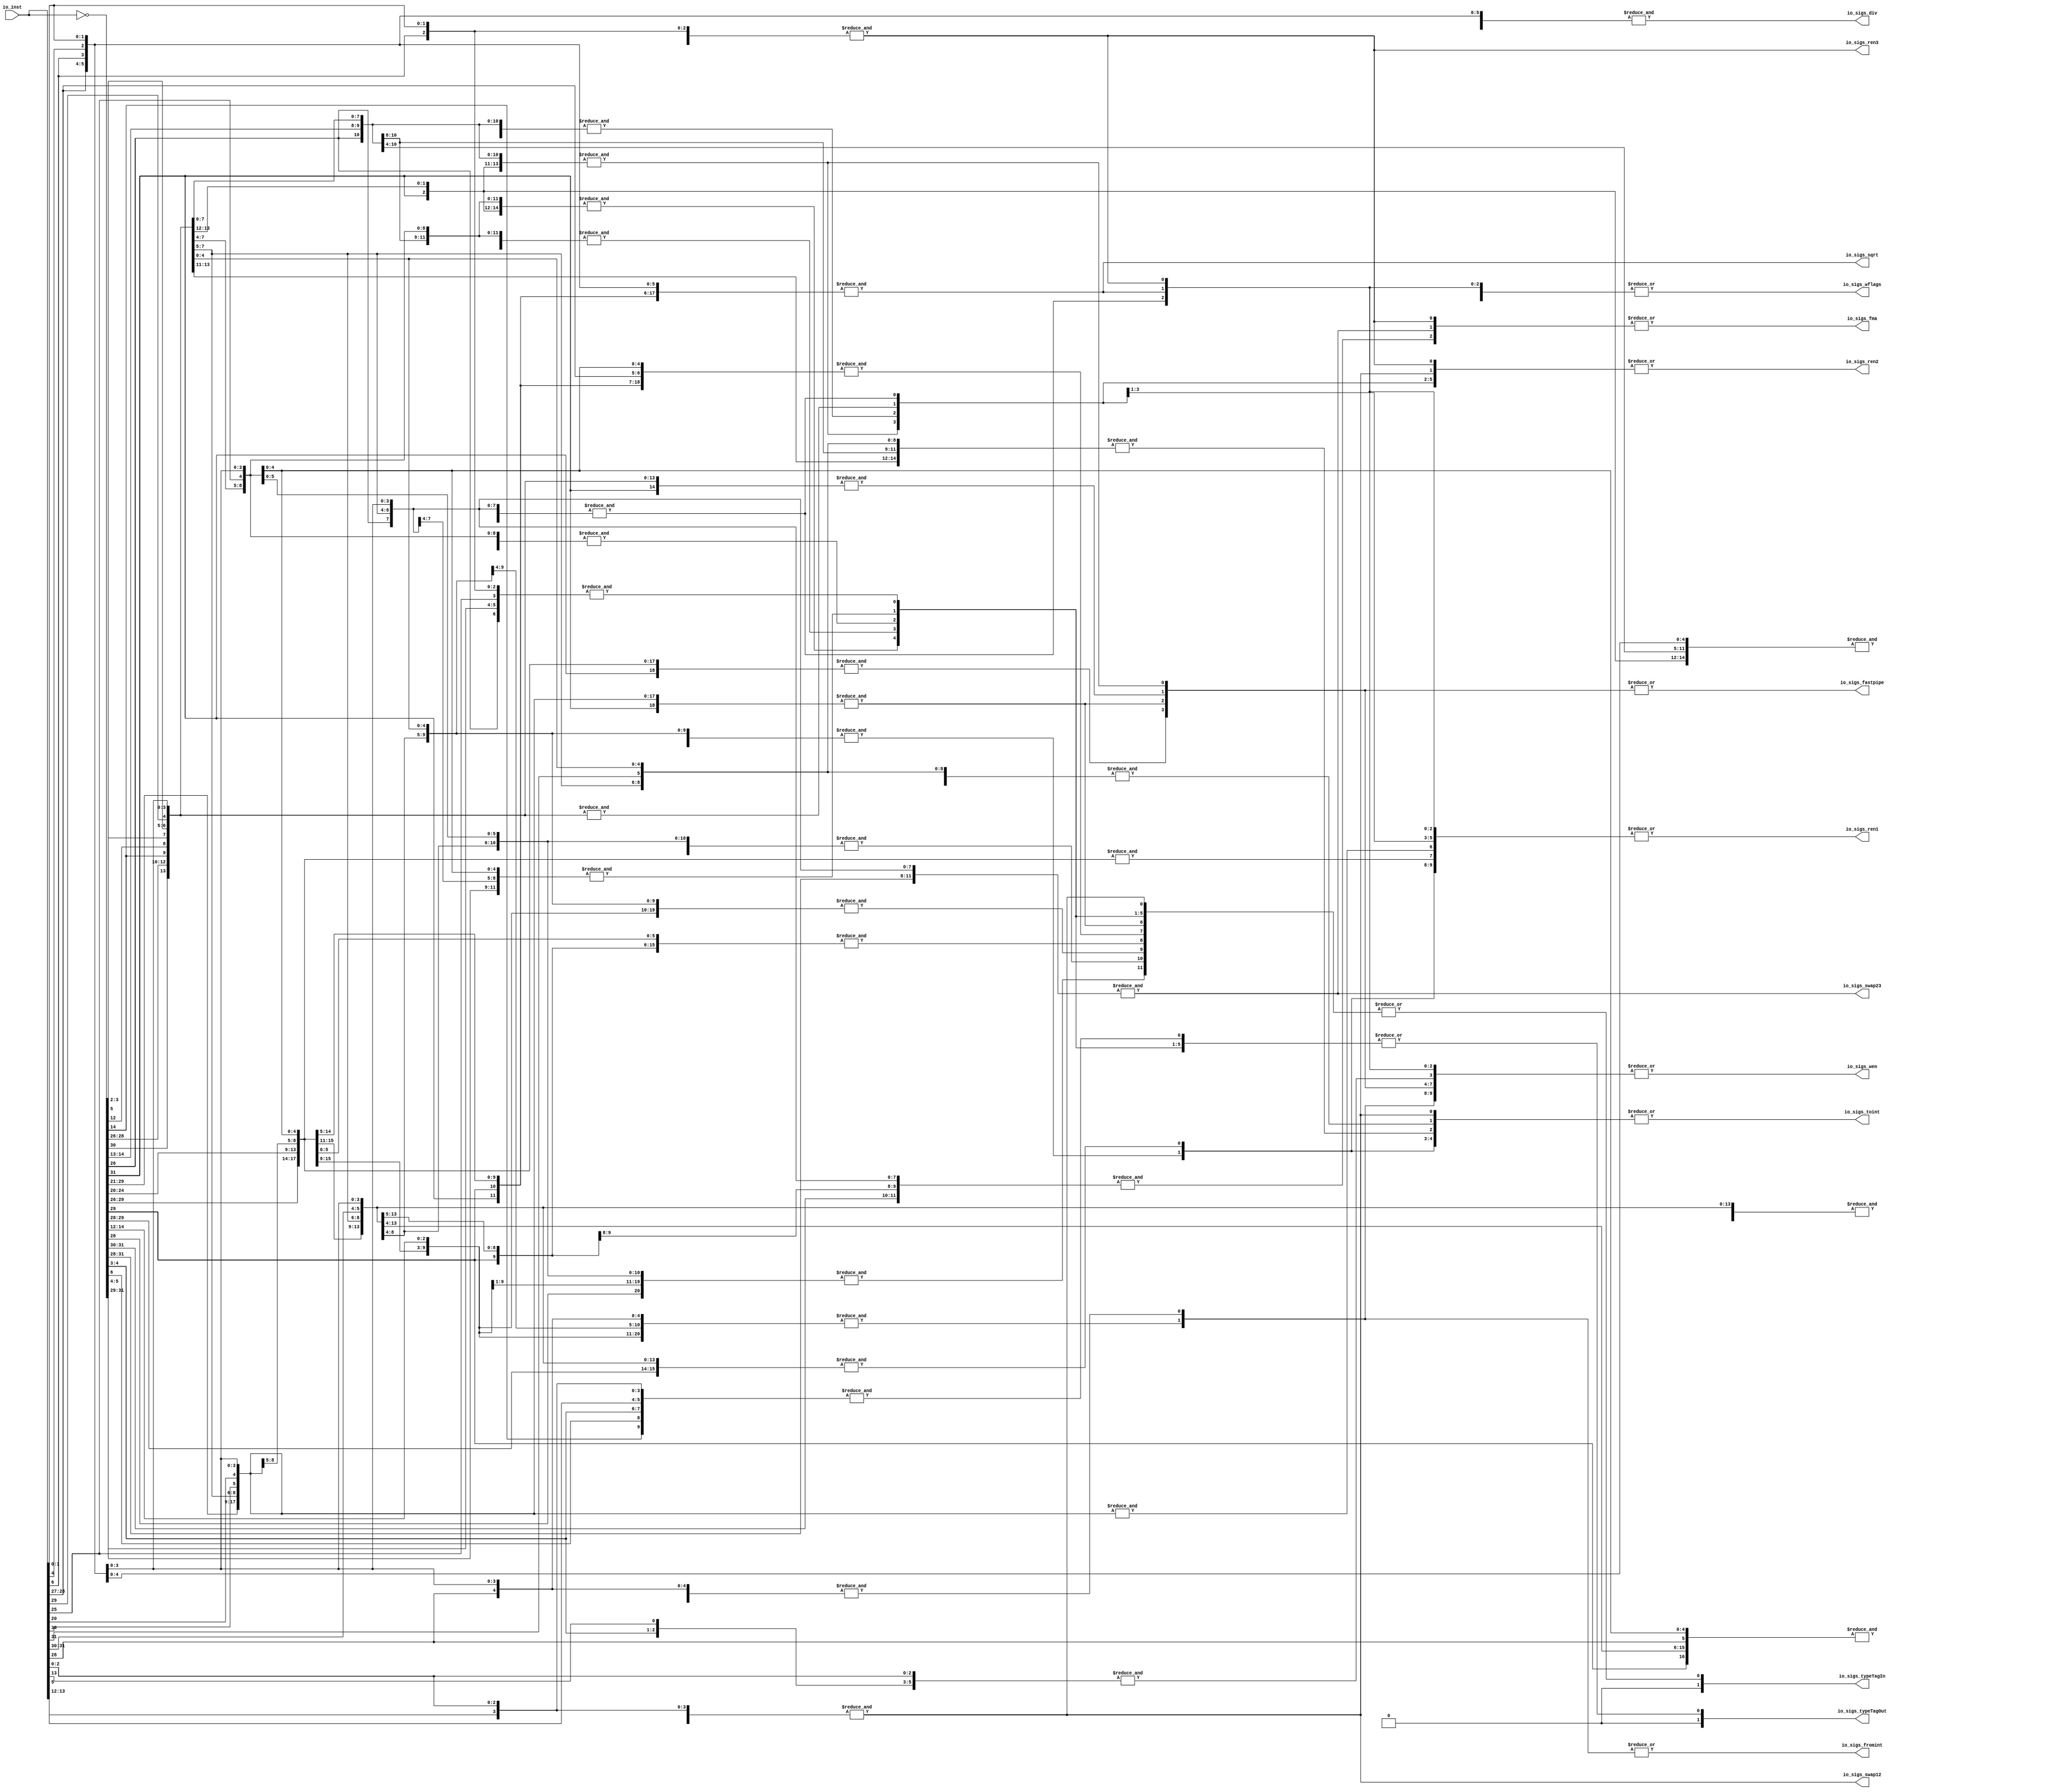
module FPUDecoder(
  input  [31:0] io_inst,
  output        io_sigs_wen,
  output        io_sigs_ren1,
  output        io_sigs_ren2,
  output        io_sigs_ren3,
  output        io_sigs_swap12,
  output        io_sigs_swap23,
  output [1:0]  io_sigs_typeTagIn,
  output [1:0]  io_sigs_typeTagOut,
  output        io_sigs_fromint,
  output        io_sigs_toint,
  output        io_sigs_fastpipe,
  output        io_sigs_fma,
  output        io_sigs_div,
  output        io_sigs_sqrt,
  output        io_sigs_wflags
);
  wire [31:0] decoder_decoded_invInputs = ~io_inst; // @[pla.scala 78:21]
  wire  decoder_decoded_andMatrixInput_0 = io_inst[0]; // @[pla.scala 90:45]
  wire  decoder_decoded_andMatrixInput_1 = io_inst[1]; // @[pla.scala 90:45]
  wire  decoder_decoded_andMatrixInput_2 = decoder_decoded_invInputs[4]; // @[pla.scala 91:29]
  wire  decoder_decoded_andMatrixInput_3 = decoder_decoded_invInputs[5]; // @[pla.scala 91:29]
  wire  decoder_decoded_andMatrixInput_4 = io_inst[6]; // @[pla.scala 90:45]
  wire [4:0] _decoder_decoded_T = {decoder_decoded_andMatrixInput_0,decoder_decoded_andMatrixInput_1,
    decoder_decoded_andMatrixInput_2,decoder_decoded_andMatrixInput_3,decoder_decoded_andMatrixInput_4}; // @[Cat.scala 31:58]
  wire  _decoder_decoded_T_1 = &_decoder_decoded_T; // @[pla.scala 98:74]
  wire  decoder_decoded_andMatrixInput_2_1 = decoder_decoded_invInputs[2]; // @[pla.scala 91:29]
  wire  decoder_decoded_andMatrixInput_3_1 = decoder_decoded_invInputs[3]; // @[pla.scala 91:29]
  wire  decoder_decoded_andMatrixInput_4_1 = io_inst[4]; // @[pla.scala 90:45]
  wire  decoder_decoded_andMatrixInput_7 = decoder_decoded_invInputs[26]; // @[pla.scala 91:29]
  wire  decoder_decoded_andMatrixInput_8 = decoder_decoded_invInputs[29]; // @[pla.scala 91:29]
  wire  decoder_decoded_andMatrixInput_9 = decoder_decoded_invInputs[30]; // @[pla.scala 91:29]
  wire  decoder_decoded_andMatrixInput_10 = decoder_decoded_invInputs[31]; // @[pla.scala 91:29]
  wire [4:0] decoder_decoded_lo_1 = {decoder_decoded_andMatrixInput_4,decoder_decoded_andMatrixInput_7,
    decoder_decoded_andMatrixInput_8,decoder_decoded_andMatrixInput_9,decoder_decoded_andMatrixInput_10}; // @[Cat.scala 31:58]
  wire [10:0] _decoder_decoded_T_2 = {decoder_decoded_andMatrixInput_0,decoder_decoded_andMatrixInput_1,
    decoder_decoded_andMatrixInput_2_1,decoder_decoded_andMatrixInput_3_1,decoder_decoded_andMatrixInput_4_1,
    decoder_decoded_andMatrixInput_3,decoder_decoded_lo_1}; // @[Cat.scala 31:58]
  wire  _decoder_decoded_T_3 = &_decoder_decoded_T_2; // @[pla.scala 98:74]
  wire  decoder_decoded_andMatrixInput_8_1 = decoder_decoded_invInputs[27]; // @[pla.scala 91:29]
  wire [5:0] decoder_decoded_lo_2 = {decoder_decoded_andMatrixInput_4,decoder_decoded_andMatrixInput_7,
    decoder_decoded_andMatrixInput_8_1,decoder_decoded_andMatrixInput_8,decoder_decoded_andMatrixInput_9,
    decoder_decoded_andMatrixInput_10}; // @[Cat.scala 31:58]
  wire [11:0] _decoder_decoded_T_4 = {decoder_decoded_andMatrixInput_0,decoder_decoded_andMatrixInput_1,
    decoder_decoded_andMatrixInput_2_1,decoder_decoded_andMatrixInput_3_1,decoder_decoded_andMatrixInput_4_1,
    decoder_decoded_andMatrixInput_3,decoder_decoded_lo_2}; // @[Cat.scala 31:58]
  wire  _decoder_decoded_T_5 = &_decoder_decoded_T_4; // @[pla.scala 98:74]
  wire  decoder_decoded_andMatrixInput_8_2 = decoder_decoded_invInputs[28]; // @[pla.scala 91:29]
  wire [5:0] decoder_decoded_lo_3 = {decoder_decoded_andMatrixInput_4,decoder_decoded_andMatrixInput_7,
    decoder_decoded_andMatrixInput_8_2,decoder_decoded_andMatrixInput_8,decoder_decoded_andMatrixInput_9,
    decoder_decoded_andMatrixInput_10}; // @[Cat.scala 31:58]
  wire [11:0] _decoder_decoded_T_6 = {decoder_decoded_andMatrixInput_0,decoder_decoded_andMatrixInput_1,
    decoder_decoded_andMatrixInput_2_1,decoder_decoded_andMatrixInput_3_1,decoder_decoded_andMatrixInput_4_1,
    decoder_decoded_andMatrixInput_3,decoder_decoded_lo_3}; // @[Cat.scala 31:58]
  wire  _decoder_decoded_T_7 = &_decoder_decoded_T_6; // @[pla.scala 98:74]
  wire  decoder_decoded_andMatrixInput_2_4 = io_inst[2]; // @[pla.scala 90:45]
  wire  decoder_decoded_andMatrixInput_5_3 = decoder_decoded_invInputs[6]; // @[pla.scala 91:29]
  wire  decoder_decoded_andMatrixInput_6_3 = io_inst[13]; // @[pla.scala 90:45]
  wire  decoder_decoded_andMatrixInput_7_3 = decoder_decoded_invInputs[14]; // @[pla.scala 91:29]
  wire [7:0] _decoder_decoded_T_8 = {decoder_decoded_andMatrixInput_0,decoder_decoded_andMatrixInput_1,
    decoder_decoded_andMatrixInput_2_4,decoder_decoded_andMatrixInput_3_1,decoder_decoded_andMatrixInput_2,
    decoder_decoded_andMatrixInput_5_3,decoder_decoded_andMatrixInput_6_3,decoder_decoded_andMatrixInput_7_3}; // @[Cat.scala 31:58]
  wire  _decoder_decoded_T_9 = &_decoder_decoded_T_8; // @[pla.scala 98:74]
  wire [8:0] _decoder_decoded_T_10 = {decoder_decoded_andMatrixInput_0,decoder_decoded_andMatrixInput_1,
    decoder_decoded_andMatrixInput_2_4,decoder_decoded_andMatrixInput_3_1,decoder_decoded_andMatrixInput_2,
    decoder_decoded_andMatrixInput_3,decoder_decoded_andMatrixInput_5_3,decoder_decoded_andMatrixInput_6_3,
    decoder_decoded_andMatrixInput_7_3}; // @[Cat.scala 31:58]
  wire  _decoder_decoded_T_11 = &_decoder_decoded_T_10; // @[pla.scala 98:74]
  wire  decoder_decoded_andMatrixInput_5_5 = io_inst[5]; // @[pla.scala 90:45]
  wire [8:0] _decoder_decoded_T_12 = {decoder_decoded_andMatrixInput_0,decoder_decoded_andMatrixInput_1,
    decoder_decoded_andMatrixInput_2_4,decoder_decoded_andMatrixInput_3_1,decoder_decoded_andMatrixInput_2,
    decoder_decoded_andMatrixInput_5_5,decoder_decoded_andMatrixInput_5_3,decoder_decoded_andMatrixInput_6_3,
    decoder_decoded_andMatrixInput_7_3}; // @[Cat.scala 31:58]
  wire  _decoder_decoded_T_13 = &_decoder_decoded_T_12; // @[pla.scala 98:74]
  wire  decoder_decoded_andMatrixInput_7_6 = io_inst[12]; // @[pla.scala 90:45]
  wire [9:0] _decoder_decoded_T_14 = {decoder_decoded_andMatrixInput_0,decoder_decoded_andMatrixInput_1,
    decoder_decoded_andMatrixInput_2_4,decoder_decoded_andMatrixInput_3_1,decoder_decoded_andMatrixInput_2,
    decoder_decoded_andMatrixInput_5_5,decoder_decoded_andMatrixInput_5_3,decoder_decoded_andMatrixInput_7_6,
    decoder_decoded_andMatrixInput_6_3,decoder_decoded_andMatrixInput_7_3}; // @[Cat.scala 31:58]
  wire  _decoder_decoded_T_15 = &_decoder_decoded_T_14; // @[pla.scala 98:74]
  wire  decoder_decoded_andMatrixInput_5_7 = io_inst[25]; // @[pla.scala 90:45]
  wire [6:0] _decoder_decoded_T_16 = {decoder_decoded_andMatrixInput_0,decoder_decoded_andMatrixInput_1,
    decoder_decoded_andMatrixInput_2,decoder_decoded_andMatrixInput_3,decoder_decoded_andMatrixInput_4,
    decoder_decoded_andMatrixInput_5_7,decoder_decoded_andMatrixInput_7}; // @[Cat.scala 31:58]
  wire  _decoder_decoded_T_17 = &_decoder_decoded_T_16; // @[pla.scala 98:74]
  wire [5:0] decoder_decoded_lo_9 = {decoder_decoded_andMatrixInput_4,decoder_decoded_andMatrixInput_5_7,
    decoder_decoded_andMatrixInput_7,decoder_decoded_andMatrixInput_8,decoder_decoded_andMatrixInput_9,
    decoder_decoded_andMatrixInput_10}; // @[Cat.scala 31:58]
  wire [11:0] _decoder_decoded_T_18 = {decoder_decoded_andMatrixInput_0,decoder_decoded_andMatrixInput_1,
    decoder_decoded_andMatrixInput_2_1,decoder_decoded_andMatrixInput_3_1,decoder_decoded_andMatrixInput_4_1,
    decoder_decoded_andMatrixInput_3,decoder_decoded_lo_9}; // @[Cat.scala 31:58]
  wire  _decoder_decoded_T_19 = &_decoder_decoded_T_18; // @[pla.scala 98:74]
  wire  decoder_decoded_andMatrixInput_8_7 = io_inst[27]; // @[pla.scala 90:45]
  wire  decoder_decoded_andMatrixInput_9_5 = io_inst[28]; // @[pla.scala 90:45]
  wire [5:0] decoder_decoded_lo_10 = {decoder_decoded_andMatrixInput_7,decoder_decoded_andMatrixInput_8_7,
    decoder_decoded_andMatrixInput_9_5,decoder_decoded_andMatrixInput_8,decoder_decoded_andMatrixInput_9,
    decoder_decoded_andMatrixInput_10}; // @[Cat.scala 31:58]
  wire [12:0] _decoder_decoded_T_20 = {decoder_decoded_andMatrixInput_0,decoder_decoded_andMatrixInput_1,
    decoder_decoded_andMatrixInput_2_1,decoder_decoded_andMatrixInput_3_1,decoder_decoded_andMatrixInput_4_1,
    decoder_decoded_andMatrixInput_3,decoder_decoded_andMatrixInput_4,decoder_decoded_lo_10}; // @[Cat.scala 31:58]
  wire  _decoder_decoded_T_21 = &_decoder_decoded_T_20; // @[pla.scala 98:74]
  wire  decoder_decoded_andMatrixInput_7_9 = decoder_decoded_invInputs[12]; // @[pla.scala 91:29]
  wire  decoder_decoded_andMatrixInput_12_1 = io_inst[29]; // @[pla.scala 90:45]
  wire [6:0] decoder_decoded_lo_11 = {decoder_decoded_andMatrixInput_7_9,decoder_decoded_andMatrixInput_7_3,
    decoder_decoded_andMatrixInput_7,decoder_decoded_andMatrixInput_8_1,decoder_decoded_andMatrixInput_8_2,
    decoder_decoded_andMatrixInput_12_1,decoder_decoded_andMatrixInput_9}; // @[Cat.scala 31:58]
  wire [13:0] _decoder_decoded_T_22 = {decoder_decoded_andMatrixInput_0,decoder_decoded_andMatrixInput_1,
    decoder_decoded_andMatrixInput_2_1,decoder_decoded_andMatrixInput_3_1,decoder_decoded_andMatrixInput_4_1,
    decoder_decoded_andMatrixInput_3,decoder_decoded_andMatrixInput_4,decoder_decoded_lo_11}; // @[Cat.scala 31:58]
  wire  _decoder_decoded_T_23 = &_decoder_decoded_T_22; // @[pla.scala 98:74]
  wire  decoder_decoded_andMatrixInput_7_10 = decoder_decoded_invInputs[13]; // @[pla.scala 91:29]
  wire [6:0] decoder_decoded_lo_12 = {decoder_decoded_andMatrixInput_7_10,decoder_decoded_andMatrixInput_7_3,
    decoder_decoded_andMatrixInput_7,decoder_decoded_andMatrixInput_8_1,decoder_decoded_andMatrixInput_8_2,
    decoder_decoded_andMatrixInput_12_1,decoder_decoded_andMatrixInput_9}; // @[Cat.scala 31:58]
  wire [13:0] _decoder_decoded_T_24 = {decoder_decoded_andMatrixInput_0,decoder_decoded_andMatrixInput_1,
    decoder_decoded_andMatrixInput_2_1,decoder_decoded_andMatrixInput_3_1,decoder_decoded_andMatrixInput_4_1,
    decoder_decoded_andMatrixInput_3,decoder_decoded_andMatrixInput_4,decoder_decoded_lo_12}; // @[Cat.scala 31:58]
  wire  _decoder_decoded_T_25 = &_decoder_decoded_T_24; // @[pla.scala 98:74]
  wire [6:0] decoder_decoded_lo_13 = {decoder_decoded_andMatrixInput_7_10,decoder_decoded_andMatrixInput_7_3,
    decoder_decoded_andMatrixInput_7,decoder_decoded_andMatrixInput_8_2,decoder_decoded_andMatrixInput_12_1,
    decoder_decoded_andMatrixInput_9,decoder_decoded_andMatrixInput_10}; // @[Cat.scala 31:58]
  wire [13:0] _decoder_decoded_T_26 = {decoder_decoded_andMatrixInput_0,decoder_decoded_andMatrixInput_1,
    decoder_decoded_andMatrixInput_2_1,decoder_decoded_andMatrixInput_3_1,decoder_decoded_andMatrixInput_4_1,
    decoder_decoded_andMatrixInput_3,decoder_decoded_andMatrixInput_4,decoder_decoded_lo_13}; // @[Cat.scala 31:58]
  wire  _decoder_decoded_T_27 = &_decoder_decoded_T_26; // @[pla.scala 98:74]
  wire [6:0] decoder_decoded_lo_14 = {decoder_decoded_andMatrixInput_7_3,decoder_decoded_andMatrixInput_7,
    decoder_decoded_andMatrixInput_8_1,decoder_decoded_andMatrixInput_8_2,decoder_decoded_andMatrixInput_12_1,
    decoder_decoded_andMatrixInput_9,decoder_decoded_andMatrixInput_10}; // @[Cat.scala 31:58]
  wire [14:0] _decoder_decoded_T_28 = {decoder_decoded_andMatrixInput_0,decoder_decoded_andMatrixInput_1,
    decoder_decoded_andMatrixInput_2_1,decoder_decoded_andMatrixInput_3_1,decoder_decoded_andMatrixInput_4_1,
    decoder_decoded_andMatrixInput_3,decoder_decoded_andMatrixInput_4,decoder_decoded_andMatrixInput_7_9,
    decoder_decoded_lo_14}; // @[Cat.scala 31:58]
  wire  _decoder_decoded_T_29 = &_decoder_decoded_T_28; // @[pla.scala 98:74]
  wire [6:0] decoder_decoded_lo_15 = {decoder_decoded_andMatrixInput_7_3,decoder_decoded_andMatrixInput_5_7,
    decoder_decoded_andMatrixInput_7,decoder_decoded_andMatrixInput_8_1,decoder_decoded_andMatrixInput_8_2,
    decoder_decoded_andMatrixInput_12_1,decoder_decoded_andMatrixInput_9}; // @[Cat.scala 31:58]
  wire [14:0] _decoder_decoded_T_30 = {decoder_decoded_andMatrixInput_0,decoder_decoded_andMatrixInput_1,
    decoder_decoded_andMatrixInput_2_1,decoder_decoded_andMatrixInput_3_1,decoder_decoded_andMatrixInput_4_1,
    decoder_decoded_andMatrixInput_3,decoder_decoded_andMatrixInput_4,decoder_decoded_andMatrixInput_7_9,
    decoder_decoded_lo_15}; // @[Cat.scala 31:58]
  wire  _decoder_decoded_T_31 = &_decoder_decoded_T_30; // @[pla.scala 98:74]
  wire [14:0] _decoder_decoded_T_32 = {decoder_decoded_andMatrixInput_0,decoder_decoded_andMatrixInput_1,
    decoder_decoded_andMatrixInput_2_1,decoder_decoded_andMatrixInput_3_1,decoder_decoded_andMatrixInput_4_1,
    decoder_decoded_andMatrixInput_3,decoder_decoded_andMatrixInput_4,decoder_decoded_andMatrixInput_7_10,
    decoder_decoded_lo_15}; // @[Cat.scala 31:58]
  wire  _decoder_decoded_T_33 = &_decoder_decoded_T_32; // @[pla.scala 98:74]
  wire [6:0] decoder_decoded_lo_17 = {decoder_decoded_andMatrixInput_7_3,decoder_decoded_andMatrixInput_5_7,
    decoder_decoded_andMatrixInput_7,decoder_decoded_andMatrixInput_8_2,decoder_decoded_andMatrixInput_12_1,
    decoder_decoded_andMatrixInput_9,decoder_decoded_andMatrixInput_10}; // @[Cat.scala 31:58]
  wire [14:0] _decoder_decoded_T_34 = {decoder_decoded_andMatrixInput_0,decoder_decoded_andMatrixInput_1,
    decoder_decoded_andMatrixInput_2_1,decoder_decoded_andMatrixInput_3_1,decoder_decoded_andMatrixInput_4_1,
    decoder_decoded_andMatrixInput_3,decoder_decoded_andMatrixInput_4,decoder_decoded_andMatrixInput_7_10,
    decoder_decoded_lo_17}; // @[Cat.scala 31:58]
  wire  _decoder_decoded_T_35 = &_decoder_decoded_T_34; // @[pla.scala 98:74]
  wire [6:0] decoder_decoded_lo_18 = {decoder_decoded_andMatrixInput_7_3,decoder_decoded_andMatrixInput_7,
    decoder_decoded_andMatrixInput_8_7,decoder_decoded_andMatrixInput_8_2,decoder_decoded_andMatrixInput_12_1,
    decoder_decoded_andMatrixInput_9,decoder_decoded_andMatrixInput_10}; // @[Cat.scala 31:58]
  wire [14:0] _decoder_decoded_T_36 = {decoder_decoded_andMatrixInput_0,decoder_decoded_andMatrixInput_1,
    decoder_decoded_andMatrixInput_2_1,decoder_decoded_andMatrixInput_3_1,decoder_decoded_andMatrixInput_4_1,
    decoder_decoded_andMatrixInput_3,decoder_decoded_andMatrixInput_4,decoder_decoded_andMatrixInput_7_10,
    decoder_decoded_lo_18}; // @[Cat.scala 31:58]
  wire  _decoder_decoded_T_37 = &_decoder_decoded_T_36; // @[pla.scala 98:74]
  wire  decoder_decoded_andMatrixInput_7_17 = io_inst[20]; // @[pla.scala 90:45]
  wire  decoder_decoded_andMatrixInput_8_16 = decoder_decoded_invInputs[21]; // @[pla.scala 91:29]
  wire  decoder_decoded_andMatrixInput_9_14 = decoder_decoded_invInputs[22]; // @[pla.scala 91:29]
  wire  decoder_decoded_andMatrixInput_10_13 = decoder_decoded_invInputs[23]; // @[pla.scala 91:29]
  wire  decoder_decoded_andMatrixInput_11_12 = decoder_decoded_invInputs[24]; // @[pla.scala 91:29]
  wire  decoder_decoded_andMatrixInput_12_9 = decoder_decoded_invInputs[25]; // @[pla.scala 91:29]
  wire  decoder_decoded_andMatrixInput_17 = io_inst[30]; // @[pla.scala 90:45]
  wire [8:0] decoder_decoded_lo_19 = {decoder_decoded_andMatrixInput_9_14,decoder_decoded_andMatrixInput_10_13,
    decoder_decoded_andMatrixInput_11_12,decoder_decoded_andMatrixInput_12_9,decoder_decoded_andMatrixInput_7,
    decoder_decoded_andMatrixInput_8_1,decoder_decoded_andMatrixInput_8_2,decoder_decoded_andMatrixInput_8,
    decoder_decoded_andMatrixInput_17}; // @[Cat.scala 31:58]
  wire [17:0] _decoder_decoded_T_38 = {decoder_decoded_andMatrixInput_0,decoder_decoded_andMatrixInput_1,
    decoder_decoded_andMatrixInput_2_1,decoder_decoded_andMatrixInput_3_1,decoder_decoded_andMatrixInput_4_1,
    decoder_decoded_andMatrixInput_3,decoder_decoded_andMatrixInput_4,decoder_decoded_andMatrixInput_7_17,
    decoder_decoded_andMatrixInput_8_16,decoder_decoded_lo_19}; // @[Cat.scala 31:58]
  wire  _decoder_decoded_T_39 = &_decoder_decoded_T_38; // @[pla.scala 98:74]
  wire [9:0] decoder_decoded_hi_20 = {decoder_decoded_andMatrixInput_0,decoder_decoded_andMatrixInput_1,
    decoder_decoded_andMatrixInput_2_1,decoder_decoded_andMatrixInput_3_1,decoder_decoded_andMatrixInput_4_1,
    decoder_decoded_andMatrixInput_3,decoder_decoded_andMatrixInput_4,decoder_decoded_andMatrixInput_7_17,
    decoder_decoded_andMatrixInput_8_16,decoder_decoded_andMatrixInput_9_14}; // @[Cat.scala 31:58]
  wire [18:0] _decoder_decoded_T_40 = {decoder_decoded_hi_20,decoder_decoded_andMatrixInput_10_13,
    decoder_decoded_andMatrixInput_11_12,decoder_decoded_andMatrixInput_12_9,decoder_decoded_andMatrixInput_7,
    decoder_decoded_andMatrixInput_8_1,decoder_decoded_andMatrixInput_8_2,decoder_decoded_andMatrixInput_8,
    decoder_decoded_andMatrixInput_17,decoder_decoded_andMatrixInput_10}; // @[Cat.scala 31:58]
  wire  _decoder_decoded_T_41 = &_decoder_decoded_T_40; // @[pla.scala 98:74]
  wire  decoder_decoded_andMatrixInput_7_19 = decoder_decoded_invInputs[20]; // @[pla.scala 91:29]
  wire [8:0] decoder_decoded_lo_21 = {decoder_decoded_andMatrixInput_9_14,decoder_decoded_andMatrixInput_10_13,
    decoder_decoded_andMatrixInput_11_12,decoder_decoded_andMatrixInput_5_7,decoder_decoded_andMatrixInput_7,
    decoder_decoded_andMatrixInput_8_1,decoder_decoded_andMatrixInput_8_2,decoder_decoded_andMatrixInput_8,
    decoder_decoded_andMatrixInput_17}; // @[Cat.scala 31:58]
  wire [17:0] _decoder_decoded_T_42 = {decoder_decoded_andMatrixInput_0,decoder_decoded_andMatrixInput_1,
    decoder_decoded_andMatrixInput_2_1,decoder_decoded_andMatrixInput_3_1,decoder_decoded_andMatrixInput_4_1,
    decoder_decoded_andMatrixInput_3,decoder_decoded_andMatrixInput_4,decoder_decoded_andMatrixInput_7_19,
    decoder_decoded_andMatrixInput_8_16,decoder_decoded_lo_21}; // @[Cat.scala 31:58]
  wire  _decoder_decoded_T_43 = &_decoder_decoded_T_42; // @[pla.scala 98:74]
  wire [9:0] decoder_decoded_hi_22 = {decoder_decoded_andMatrixInput_0,decoder_decoded_andMatrixInput_1,
    decoder_decoded_andMatrixInput_2_1,decoder_decoded_andMatrixInput_3_1,decoder_decoded_andMatrixInput_4_1,
    decoder_decoded_andMatrixInput_3,decoder_decoded_andMatrixInput_4,decoder_decoded_andMatrixInput_7_19,
    decoder_decoded_andMatrixInput_8_16,decoder_decoded_andMatrixInput_9_14}; // @[Cat.scala 31:58]
  wire [18:0] _decoder_decoded_T_44 = {decoder_decoded_hi_22,decoder_decoded_andMatrixInput_10_13,
    decoder_decoded_andMatrixInput_11_12,decoder_decoded_andMatrixInput_5_7,decoder_decoded_andMatrixInput_7,
    decoder_decoded_andMatrixInput_8_1,decoder_decoded_andMatrixInput_8_2,decoder_decoded_andMatrixInput_8,
    decoder_decoded_andMatrixInput_17,decoder_decoded_andMatrixInput_10}; // @[Cat.scala 31:58]
  wire  _decoder_decoded_T_45 = &_decoder_decoded_T_44; // @[pla.scala 98:74]
  wire [8:0] decoder_decoded_lo_23 = {decoder_decoded_andMatrixInput_9_14,decoder_decoded_andMatrixInput_10_13,
    decoder_decoded_andMatrixInput_11_12,decoder_decoded_andMatrixInput_7,decoder_decoded_andMatrixInput_8_7,
    decoder_decoded_andMatrixInput_9_5,decoder_decoded_andMatrixInput_8,decoder_decoded_andMatrixInput_17,
    decoder_decoded_andMatrixInput_10}; // @[Cat.scala 31:58]
  wire [17:0] _decoder_decoded_T_46 = {decoder_decoded_andMatrixInput_0,decoder_decoded_andMatrixInput_1,
    decoder_decoded_andMatrixInput_2_1,decoder_decoded_andMatrixInput_3_1,decoder_decoded_andMatrixInput_4_1,
    decoder_decoded_andMatrixInput_3,decoder_decoded_andMatrixInput_4,decoder_decoded_andMatrixInput_7_19,
    decoder_decoded_andMatrixInput_8_16,decoder_decoded_lo_23}; // @[Cat.scala 31:58]
  wire  _decoder_decoded_T_47 = &_decoder_decoded_T_46; // @[pla.scala 98:74]
  wire [18:0] _decoder_decoded_T_48 = {decoder_decoded_hi_22,decoder_decoded_andMatrixInput_10_13,
    decoder_decoded_andMatrixInput_11_12,decoder_decoded_andMatrixInput_5_7,decoder_decoded_andMatrixInput_7,
    decoder_decoded_andMatrixInput_8_7,decoder_decoded_andMatrixInput_9_5,decoder_decoded_andMatrixInput_8,
    decoder_decoded_andMatrixInput_17,decoder_decoded_andMatrixInput_10}; // @[Cat.scala 31:58]
  wire  _decoder_decoded_T_49 = &_decoder_decoded_T_48; // @[pla.scala 98:74]
  wire  decoder_decoded_andMatrixInput_14_11 = io_inst[31]; // @[pla.scala 90:45]
  wire [6:0] decoder_decoded_lo_25 = {decoder_decoded_andMatrixInput_7_3,decoder_decoded_andMatrixInput_7,
    decoder_decoded_andMatrixInput_8_1,decoder_decoded_andMatrixInput_8_2,decoder_decoded_andMatrixInput_12_1,
    decoder_decoded_andMatrixInput_9,decoder_decoded_andMatrixInput_14_11}; // @[Cat.scala 31:58]
  wire [14:0] _decoder_decoded_T_50 = {decoder_decoded_andMatrixInput_0,decoder_decoded_andMatrixInput_1,
    decoder_decoded_andMatrixInput_2_1,decoder_decoded_andMatrixInput_3_1,decoder_decoded_andMatrixInput_4_1,
    decoder_decoded_andMatrixInput_3,decoder_decoded_andMatrixInput_4,decoder_decoded_andMatrixInput_7_9,
    decoder_decoded_lo_25}; // @[Cat.scala 31:58]
  wire  _decoder_decoded_T_51 = &_decoder_decoded_T_50; // @[pla.scala 98:74]
  wire [14:0] _decoder_decoded_T_52 = {decoder_decoded_andMatrixInput_0,decoder_decoded_andMatrixInput_1,
    decoder_decoded_andMatrixInput_2_1,decoder_decoded_andMatrixInput_3_1,decoder_decoded_andMatrixInput_4_1,
    decoder_decoded_andMatrixInput_3,decoder_decoded_andMatrixInput_4,decoder_decoded_andMatrixInput_7_10,
    decoder_decoded_lo_25}; // @[Cat.scala 31:58]
  wire  _decoder_decoded_T_53 = &_decoder_decoded_T_52; // @[pla.scala 98:74]
  wire [6:0] decoder_decoded_lo_27 = {decoder_decoded_andMatrixInput_10_13,decoder_decoded_andMatrixInput_11_12,
    decoder_decoded_andMatrixInput_7,decoder_decoded_andMatrixInput_8_1,decoder_decoded_andMatrixInput_8,
    decoder_decoded_andMatrixInput_17,decoder_decoded_andMatrixInput_14_11}; // @[Cat.scala 31:58]
  wire [14:0] _decoder_decoded_T_54 = {decoder_decoded_andMatrixInput_0,decoder_decoded_andMatrixInput_1,
    decoder_decoded_andMatrixInput_2_1,decoder_decoded_andMatrixInput_3_1,decoder_decoded_andMatrixInput_4_1,
    decoder_decoded_andMatrixInput_3,decoder_decoded_andMatrixInput_4,decoder_decoded_andMatrixInput_9_14,
    decoder_decoded_lo_27}; // @[Cat.scala 31:58]
  wire  _decoder_decoded_T_55 = &_decoder_decoded_T_54; // @[pla.scala 98:74]
  wire [7:0] decoder_decoded_lo_28 = {decoder_decoded_andMatrixInput_10_13,decoder_decoded_andMatrixInput_11_12,
    decoder_decoded_andMatrixInput_7,decoder_decoded_andMatrixInput_8_1,decoder_decoded_andMatrixInput_8_2,
    decoder_decoded_andMatrixInput_8,decoder_decoded_andMatrixInput_17,decoder_decoded_andMatrixInput_14_11}; // @[Cat.scala 31:58]
  wire [15:0] _decoder_decoded_T_56 = {decoder_decoded_andMatrixInput_0,decoder_decoded_andMatrixInput_1,
    decoder_decoded_andMatrixInput_2_1,decoder_decoded_andMatrixInput_3_1,decoder_decoded_andMatrixInput_4_1,
    decoder_decoded_andMatrixInput_3,decoder_decoded_andMatrixInput_4,decoder_decoded_andMatrixInput_9_14,
    decoder_decoded_lo_28}; // @[Cat.scala 31:58]
  wire  _decoder_decoded_T_57 = &_decoder_decoded_T_56; // @[pla.scala 98:74]
  wire [7:0] decoder_decoded_lo_29 = {decoder_decoded_andMatrixInput_10_13,decoder_decoded_andMatrixInput_11_12,
    decoder_decoded_andMatrixInput_5_7,decoder_decoded_andMatrixInput_7,decoder_decoded_andMatrixInput_8_1,
    decoder_decoded_andMatrixInput_8,decoder_decoded_andMatrixInput_17,decoder_decoded_andMatrixInput_14_11}; // @[Cat.scala 31:58]
  wire [15:0] _decoder_decoded_T_58 = {decoder_decoded_andMatrixInput_0,decoder_decoded_andMatrixInput_1,
    decoder_decoded_andMatrixInput_2_1,decoder_decoded_andMatrixInput_3_1,decoder_decoded_andMatrixInput_4_1,
    decoder_decoded_andMatrixInput_3,decoder_decoded_andMatrixInput_4,decoder_decoded_andMatrixInput_9_14,
    decoder_decoded_lo_29}; // @[Cat.scala 31:58]
  wire  _decoder_decoded_T_59 = &_decoder_decoded_T_58; // @[pla.scala 98:74]
  wire [7:0] decoder_decoded_lo_30 = {decoder_decoded_andMatrixInput_10_13,decoder_decoded_andMatrixInput_11_12,
    decoder_decoded_andMatrixInput_7,decoder_decoded_andMatrixInput_8_1,decoder_decoded_andMatrixInput_9_5,
    decoder_decoded_andMatrixInput_8,decoder_decoded_andMatrixInput_17,decoder_decoded_andMatrixInput_14_11}; // @[Cat.scala 31:58]
  wire [15:0] _decoder_decoded_T_60 = {decoder_decoded_andMatrixInput_0,decoder_decoded_andMatrixInput_1,
    decoder_decoded_andMatrixInput_2_1,decoder_decoded_andMatrixInput_3_1,decoder_decoded_andMatrixInput_4_1,
    decoder_decoded_andMatrixInput_3,decoder_decoded_andMatrixInput_4,decoder_decoded_andMatrixInput_9_14,
    decoder_decoded_lo_30}; // @[Cat.scala 31:58]
  wire  _decoder_decoded_T_61 = &_decoder_decoded_T_60; // @[pla.scala 98:74]
  wire [7:0] decoder_decoded_lo_31 = {decoder_decoded_andMatrixInput_11_12,decoder_decoded_andMatrixInput_5_7,
    decoder_decoded_andMatrixInput_7,decoder_decoded_andMatrixInput_8_1,decoder_decoded_andMatrixInput_9_5,
    decoder_decoded_andMatrixInput_8,decoder_decoded_andMatrixInput_17,decoder_decoded_andMatrixInput_14_11}; // @[Cat.scala 31:58]
  wire [16:0] _decoder_decoded_T_62 = {decoder_decoded_andMatrixInput_0,decoder_decoded_andMatrixInput_1,
    decoder_decoded_andMatrixInput_2_1,decoder_decoded_andMatrixInput_3_1,decoder_decoded_andMatrixInput_4_1,
    decoder_decoded_andMatrixInput_3,decoder_decoded_andMatrixInput_4,decoder_decoded_andMatrixInput_9_14,
    decoder_decoded_andMatrixInput_10_13,decoder_decoded_lo_31}; // @[Cat.scala 31:58]
  wire  _decoder_decoded_T_63 = &_decoder_decoded_T_62; // @[pla.scala 98:74]
  wire [9:0] decoder_decoded_lo_32 = {decoder_decoded_andMatrixInput_8_16,decoder_decoded_andMatrixInput_9_14,
    decoder_decoded_andMatrixInput_10_13,decoder_decoded_andMatrixInput_11_12,decoder_decoded_andMatrixInput_7,
    decoder_decoded_andMatrixInput_8_1,decoder_decoded_andMatrixInput_8_2,decoder_decoded_andMatrixInput_12_1,
    decoder_decoded_andMatrixInput_17,decoder_decoded_andMatrixInput_14_11}; // @[Cat.scala 31:58]
  wire [9:0] decoder_decoded_hi_32 = {decoder_decoded_andMatrixInput_0,decoder_decoded_andMatrixInput_1,
    decoder_decoded_andMatrixInput_2_1,decoder_decoded_andMatrixInput_3_1,decoder_decoded_andMatrixInput_4_1,
    decoder_decoded_andMatrixInput_3,decoder_decoded_andMatrixInput_4,decoder_decoded_andMatrixInput_7_10,
    decoder_decoded_andMatrixInput_7_3,decoder_decoded_andMatrixInput_7_19}; // @[Cat.scala 31:58]
  wire [19:0] _decoder_decoded_T_64 = {decoder_decoded_hi_32,decoder_decoded_lo_32}; // @[Cat.scala 31:58]
  wire  _decoder_decoded_T_65 = &_decoder_decoded_T_64; // @[pla.scala 98:74]
  wire [4:0] decoder_decoded_hi_lo_32 = {decoder_decoded_andMatrixInput_4,decoder_decoded_andMatrixInput_7_9,
    decoder_decoded_andMatrixInput_7_10,decoder_decoded_andMatrixInput_7_3,decoder_decoded_andMatrixInput_7_19}; // @[Cat.scala 31:58]
  wire [20:0] _decoder_decoded_T_66 = {decoder_decoded_andMatrixInput_0,decoder_decoded_andMatrixInput_1,
    decoder_decoded_andMatrixInput_2_1,decoder_decoded_andMatrixInput_3_1,decoder_decoded_andMatrixInput_4_1,
    decoder_decoded_andMatrixInput_3,decoder_decoded_hi_lo_32,decoder_decoded_lo_32}; // @[Cat.scala 31:58]
  wire  _decoder_decoded_T_67 = &_decoder_decoded_T_66; // @[pla.scala 98:74]
  wire [9:0] decoder_decoded_lo_34 = {decoder_decoded_andMatrixInput_8_16,decoder_decoded_andMatrixInput_9_14,
    decoder_decoded_andMatrixInput_10_13,decoder_decoded_andMatrixInput_11_12,decoder_decoded_andMatrixInput_5_7,
    decoder_decoded_andMatrixInput_7,decoder_decoded_andMatrixInput_8_1,decoder_decoded_andMatrixInput_12_1,
    decoder_decoded_andMatrixInput_17,decoder_decoded_andMatrixInput_14_11}; // @[Cat.scala 31:58]
  wire [20:0] _decoder_decoded_T_68 = {decoder_decoded_andMatrixInput_0,decoder_decoded_andMatrixInput_1,
    decoder_decoded_andMatrixInput_2_1,decoder_decoded_andMatrixInput_3_1,decoder_decoded_andMatrixInput_4_1,
    decoder_decoded_andMatrixInput_3,decoder_decoded_hi_lo_32,decoder_decoded_lo_34}; // @[Cat.scala 31:58]
  wire  _decoder_decoded_T_69 = &_decoder_decoded_T_68; // @[pla.scala 98:74]
  wire [9:0] decoder_decoded_lo_35 = {decoder_decoded_andMatrixInput_9_14,decoder_decoded_andMatrixInput_10_13,
    decoder_decoded_andMatrixInput_11_12,decoder_decoded_andMatrixInput_5_7,decoder_decoded_andMatrixInput_7,
    decoder_decoded_andMatrixInput_8_1,decoder_decoded_andMatrixInput_8_2,decoder_decoded_andMatrixInput_12_1,
    decoder_decoded_andMatrixInput_17,decoder_decoded_andMatrixInput_14_11}; // @[Cat.scala 31:58]
  wire [4:0] decoder_decoded_hi_lo_34 = {decoder_decoded_andMatrixInput_4,decoder_decoded_andMatrixInput_7_10,
    decoder_decoded_andMatrixInput_7_3,decoder_decoded_andMatrixInput_7_19,decoder_decoded_andMatrixInput_8_16}; // @[Cat.scala 31:58]
  wire [20:0] _decoder_decoded_T_70 = {decoder_decoded_andMatrixInput_0,decoder_decoded_andMatrixInput_1,
    decoder_decoded_andMatrixInput_2_1,decoder_decoded_andMatrixInput_3_1,decoder_decoded_andMatrixInput_4_1,
    decoder_decoded_andMatrixInput_3,decoder_decoded_hi_lo_34,decoder_decoded_lo_35}; // @[Cat.scala 31:58]
  wire  _decoder_decoded_T_71 = &_decoder_decoded_T_70; // @[pla.scala 98:74]
  wire [9:0] decoder_decoded_lo_36 = {decoder_decoded_andMatrixInput_8_16,decoder_decoded_andMatrixInput_9_14,
    decoder_decoded_andMatrixInput_10_13,decoder_decoded_andMatrixInput_11_12,decoder_decoded_andMatrixInput_7,
    decoder_decoded_andMatrixInput_8_1,decoder_decoded_andMatrixInput_9_5,decoder_decoded_andMatrixInput_12_1,
    decoder_decoded_andMatrixInput_17,decoder_decoded_andMatrixInput_14_11}; // @[Cat.scala 31:58]
  wire [20:0] _decoder_decoded_T_72 = {decoder_decoded_andMatrixInput_0,decoder_decoded_andMatrixInput_1,
    decoder_decoded_andMatrixInput_2_1,decoder_decoded_andMatrixInput_3_1,decoder_decoded_andMatrixInput_4_1,
    decoder_decoded_andMatrixInput_3,decoder_decoded_hi_lo_32,decoder_decoded_lo_36}; // @[Cat.scala 31:58]
  wire  _decoder_decoded_T_73 = &_decoder_decoded_T_72; // @[pla.scala 98:74]
  wire [8:0] _decoder_decoded_orMatrixOutputs_T = {_decoder_decoded_T_1,_decoder_decoded_T_3,_decoder_decoded_T_37,
    _decoder_decoded_T_39,_decoder_decoded_T_43,_decoder_decoded_T_47,_decoder_decoded_T_51,_decoder_decoded_T_53,
    _decoder_decoded_T_55}; // @[Cat.scala 31:58]
  wire  _decoder_decoded_orMatrixOutputs_T_1 = |_decoder_decoded_orMatrixOutputs_T; // @[pla.scala 114:39]
  wire  _decoder_decoded_orMatrixOutputs_T_2 = |_decoder_decoded_T_47; // @[pla.scala 114:39]
  wire  _decoder_decoded_orMatrixOutputs_T_3 = |_decoder_decoded_T_21; // @[pla.scala 114:39]
  wire [2:0] _decoder_decoded_orMatrixOutputs_T_4 = {_decoder_decoded_T_1,_decoder_decoded_T_5,_decoder_decoded_T_7}; // @[Cat.scala 31:58]
  wire  _decoder_decoded_orMatrixOutputs_T_5 = |_decoder_decoded_orMatrixOutputs_T_4; // @[pla.scala 114:39]
  wire [3:0] _decoder_decoded_orMatrixOutputs_T_6 = {_decoder_decoded_T_27,_decoder_decoded_T_29,_decoder_decoded_T_41,
    _decoder_decoded_T_45}; // @[Cat.scala 31:58]
  wire  _decoder_decoded_orMatrixOutputs_T_7 = |_decoder_decoded_orMatrixOutputs_T_6; // @[pla.scala 114:39]
  wire [4:0] _decoder_decoded_orMatrixOutputs_T_8 = {_decoder_decoded_T_13,_decoder_decoded_T_51,_decoder_decoded_T_53,
    _decoder_decoded_T_57,_decoder_decoded_T_65}; // @[Cat.scala 31:58]
  wire  _decoder_decoded_orMatrixOutputs_T_9 = |_decoder_decoded_orMatrixOutputs_T_8; // @[pla.scala 114:39]
  wire [1:0] _decoder_decoded_orMatrixOutputs_T_10 = {_decoder_decoded_T_61,_decoder_decoded_T_73}; // @[Cat.scala 31:58]
  wire  _decoder_decoded_orMatrixOutputs_T_11 = |_decoder_decoded_orMatrixOutputs_T_10; // @[pla.scala 114:39]
  wire [4:0] decoder_decoded_orMatrixOutputs_lo_3 = {_decoder_decoded_T_45,_decoder_decoded_T_49,_decoder_decoded_T_63,
    _decoder_decoded_T_71,_decoder_decoded_T_73}; // @[Cat.scala 31:58]
  wire [10:0] _decoder_decoded_orMatrixOutputs_T_12 = {_decoder_decoded_T_15,_decoder_decoded_T_17,_decoder_decoded_T_19
    ,_decoder_decoded_T_31,_decoder_decoded_T_33,_decoder_decoded_T_35,decoder_decoded_orMatrixOutputs_lo_3}; // @[Cat.scala 31:58]
  wire  _decoder_decoded_orMatrixOutputs_T_13 = |_decoder_decoded_orMatrixOutputs_T_12; // @[pla.scala 114:39]
  wire [5:0] decoder_decoded_orMatrixOutputs_lo_4 = {_decoder_decoded_T_41,_decoder_decoded_T_49,_decoder_decoded_T_59,
    _decoder_decoded_T_67,_decoder_decoded_T_69,_decoder_decoded_T_71}; // @[Cat.scala 31:58]
  wire [11:0] _decoder_decoded_orMatrixOutputs_T_14 = {_decoder_decoded_T_13,_decoder_decoded_T_17,_decoder_decoded_T_19
    ,_decoder_decoded_T_31,_decoder_decoded_T_33,_decoder_decoded_T_35,decoder_decoded_orMatrixOutputs_lo_4}; // @[Cat.scala 31:58]
  wire  _decoder_decoded_orMatrixOutputs_T_15 = |_decoder_decoded_orMatrixOutputs_T_14; // @[pla.scala 114:39]
  wire  _decoder_decoded_orMatrixOutputs_T_16 = |_decoder_decoded_T_7; // @[pla.scala 114:39]
  wire  _decoder_decoded_orMatrixOutputs_T_17 = |_decoder_decoded_T_13; // @[pla.scala 114:39]
  wire  _decoder_decoded_orMatrixOutputs_T_18 = |_decoder_decoded_T_1; // @[pla.scala 114:39]
  wire [5:0] _decoder_decoded_orMatrixOutputs_T_19 = {_decoder_decoded_T_1,_decoder_decoded_T_3,_decoder_decoded_T_13,
    _decoder_decoded_T_23,_decoder_decoded_T_25,_decoder_decoded_T_27}; // @[Cat.scala 31:58]
  wire  _decoder_decoded_orMatrixOutputs_T_20 = |_decoder_decoded_orMatrixOutputs_T_19; // @[pla.scala 114:39]
  wire [9:0] _decoder_decoded_orMatrixOutputs_T_21 = {_decoder_decoded_T_1,_decoder_decoded_T_3,_decoder_decoded_T_23,
    _decoder_decoded_T_25,_decoder_decoded_T_27,_decoder_decoded_T_39,_decoder_decoded_T_43,_decoder_decoded_T_47,
    _decoder_decoded_T_57,_decoder_decoded_T_65}; // @[Cat.scala 31:58]
  wire  _decoder_decoded_orMatrixOutputs_T_22 = |_decoder_decoded_orMatrixOutputs_T_21; // @[pla.scala 114:39]
  wire [9:0] _decoder_decoded_orMatrixOutputs_T_23 = {_decoder_decoded_T_1,_decoder_decoded_T_3,_decoder_decoded_T_11,
    _decoder_decoded_T_27,_decoder_decoded_T_29,_decoder_decoded_T_41,_decoder_decoded_T_45,_decoder_decoded_T_47,
    _decoder_decoded_T_61,_decoder_decoded_T_73}; // @[Cat.scala 31:58]
  wire  _decoder_decoded_orMatrixOutputs_T_24 = |_decoder_decoded_orMatrixOutputs_T_23; // @[pla.scala 114:39]
  wire  _decoder_decoded_orMatrixOutputs_T_25 = |_decoder_decoded_T_9; // @[pla.scala 114:39]
  wire [8:0] decoder_decoded_orMatrixOutputs_lo_8 = {1'h0,_decoder_decoded_orMatrixOutputs_T_13,
    _decoder_decoded_orMatrixOutputs_T_11,_decoder_decoded_orMatrixOutputs_T_9,_decoder_decoded_orMatrixOutputs_T_7,
    _decoder_decoded_orMatrixOutputs_T_5,_decoder_decoded_orMatrixOutputs_T_3,_decoder_decoded_orMatrixOutputs_T_2,
    _decoder_decoded_orMatrixOutputs_T_1}; // @[Cat.scala 31:58]
  wire [17:0] decoder_decoded_orMatrixOutputs = {_decoder_decoded_orMatrixOutputs_T_25,
    _decoder_decoded_orMatrixOutputs_T_24,_decoder_decoded_orMatrixOutputs_T_22,_decoder_decoded_orMatrixOutputs_T_20,
    _decoder_decoded_orMatrixOutputs_T_18,_decoder_decoded_orMatrixOutputs_T_17,_decoder_decoded_orMatrixOutputs_T_16,1'h0
    ,_decoder_decoded_orMatrixOutputs_T_15,decoder_decoded_orMatrixOutputs_lo_8}; // @[Cat.scala 31:58]
  wire [8:0] decoder_decoded_invMatrixOutputs_lo = {decoder_decoded_orMatrixOutputs[8],decoder_decoded_orMatrixOutputs[7
    ],decoder_decoded_orMatrixOutputs[6],decoder_decoded_orMatrixOutputs[5],decoder_decoded_orMatrixOutputs[4],
    decoder_decoded_orMatrixOutputs[3],decoder_decoded_orMatrixOutputs[2],decoder_decoded_orMatrixOutputs[1],
    decoder_decoded_orMatrixOutputs[0]}; // @[Cat.scala 31:58]
  wire [17:0] decoder_decoded_invMatrixOutputs = {decoder_decoded_orMatrixOutputs[17],decoder_decoded_orMatrixOutputs[16
    ],decoder_decoded_orMatrixOutputs[15],decoder_decoded_orMatrixOutputs[14],decoder_decoded_orMatrixOutputs[13],
    decoder_decoded_orMatrixOutputs[12],decoder_decoded_orMatrixOutputs[11],decoder_decoded_orMatrixOutputs[10],
    decoder_decoded_orMatrixOutputs[9],decoder_decoded_invMatrixOutputs_lo}; // @[Cat.scala 31:58]
  assign io_sigs_wen = decoder_decoded_invMatrixOutputs[16]; // @[Decode.scala 50:77]
  assign io_sigs_ren1 = decoder_decoded_invMatrixOutputs[15]; // @[Decode.scala 50:77]
  assign io_sigs_ren2 = decoder_decoded_invMatrixOutputs[14]; // @[Decode.scala 50:77]
  assign io_sigs_ren3 = decoder_decoded_invMatrixOutputs[13]; // @[Decode.scala 50:77]
  assign io_sigs_swap12 = decoder_decoded_invMatrixOutputs[12]; // @[Decode.scala 50:77]
  assign io_sigs_swap23 = decoder_decoded_invMatrixOutputs[11]; // @[Decode.scala 50:77]
  assign io_sigs_typeTagIn = decoder_decoded_invMatrixOutputs[10:9]; // @[Decode.scala 50:77]
  assign io_sigs_typeTagOut = decoder_decoded_invMatrixOutputs[8:7]; // @[Decode.scala 50:77]
  assign io_sigs_fromint = decoder_decoded_invMatrixOutputs[6]; // @[Decode.scala 50:77]
  assign io_sigs_toint = decoder_decoded_invMatrixOutputs[5]; // @[Decode.scala 50:77]
  assign io_sigs_fastpipe = decoder_decoded_invMatrixOutputs[4]; // @[Decode.scala 50:77]
  assign io_sigs_fma = decoder_decoded_invMatrixOutputs[3]; // @[Decode.scala 50:77]
  assign io_sigs_div = decoder_decoded_invMatrixOutputs[2]; // @[Decode.scala 50:77]
  assign io_sigs_sqrt = decoder_decoded_invMatrixOutputs[1]; // @[Decode.scala 50:77]
  assign io_sigs_wflags = decoder_decoded_invMatrixOutputs[0]; // @[Decode.scala 50:77]
endmodule